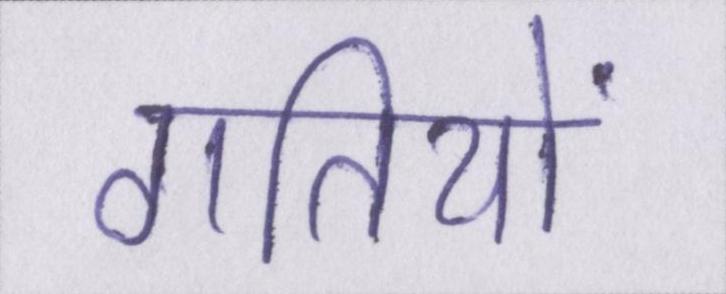
गतियों